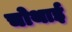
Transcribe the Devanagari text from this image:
चोथाई